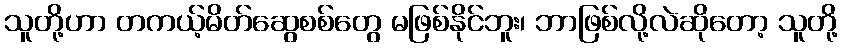
သူတို့ဟာ တကယ့်မိတ်ဆွေစစ်တွေ မဖြစ်နိုင်ဘူး၊ ဘာဖြစ်လို့လဲဆိုတော့ သူတို့